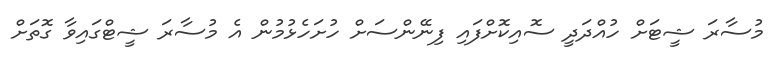
މުސާރަ ޝީޓަށް ހުއްދަދީ ސޮއިކޮށްފައި ފިނޭންސަށް ހުށަހެޅުމުން އެ މުސާރަ ޝީޓްގައިވާ ގޮތަށް